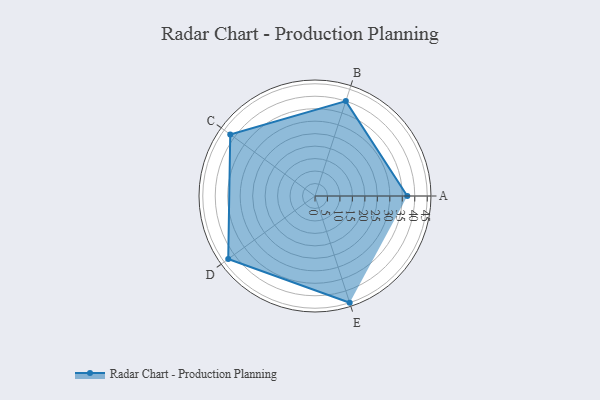
{"axis": {"x": "Skill", "y": "Score"}, "legend": ["Profile"], "data": [{"x": "A", "y": 37.0, "type": "Profile"}, {"x": "B", "y": 40.0, "type": "Profile"}, {"x": "C", "y": 42.0, "type": "Profile"}, {"x": "D", "y": 43.0, "type": "Profile"}, {"x": "E", "y": 45.0, "type": "Profile"}]}